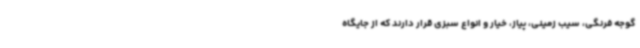
گوجه فرنگی، سیب زمینی، پیاز، خیار و انواع سبزی قرار دارند که از جایگاه